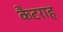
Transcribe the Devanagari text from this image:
कैटराह